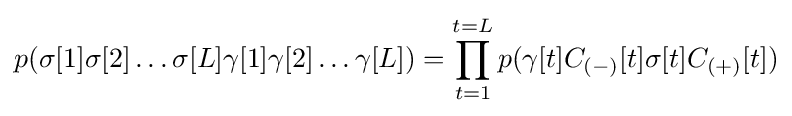
p(\sigma [1]\sigma [2]\ldots \sigma [L]\gamma [1]\gamma [2]\ldots \gamma [L])=\prod _{t=1}^{t=L}p(\gamma [t]C_{(-)}[t]\sigma [t]C_{(+)}[t])